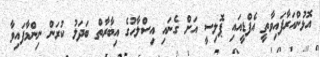
އޮޅުންއަރާފައިވާތީ އެފްޑީއައި ޕޮލިސީ އަށް ގެނައި އިސްލާހުގެ އިބާރާތް ބަދަލު ކުރަން ނިންމާފައިވާ